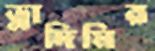
ভ্লাদিমির